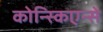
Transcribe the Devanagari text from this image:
कोन्स्किएन्से